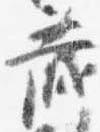
蔵